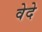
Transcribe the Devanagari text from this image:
वेदे